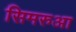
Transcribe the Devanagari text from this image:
सिमरुआ